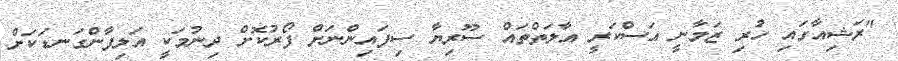
"ރަޝިއާގައި ހުރި ޒަމާނީ އަސްކަރީ އާލަތްތައް ސޫރިޔާ ސިފައިންނަށް ފޯރުކޮށް ދިނުމަކީ އަލިފާންގަނޑަކަށް